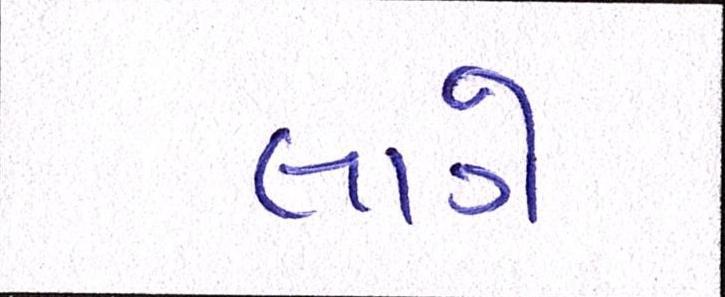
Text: લાગે